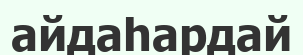
айдаһардай